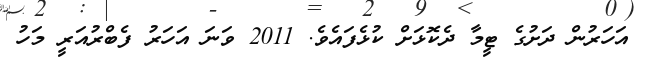
އަހަރުން ދަށުގެ ޓީމާ ދެކޮޅަށް ކުޅެފައެވެ. 2011 ވަނަ އަހަރު ފެބްރުއަރީ މަހު